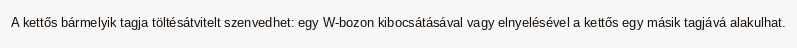
A kettős bármelyik tagja töltésátvitelt szenvedhet: egy W-bozon kibocsátásával vagy elnyelésével a kettős egy másik tagjává alakulhat.